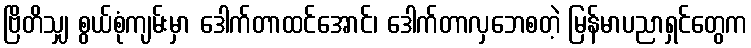
ဗြိတိသျှ စွယ်စုံကျမ်းမှာ ဒေါက်တာထင်အောင်၊ ဒေါက်တာလှဘေစတဲ့ မြန်မာပညာရှင်တွေက